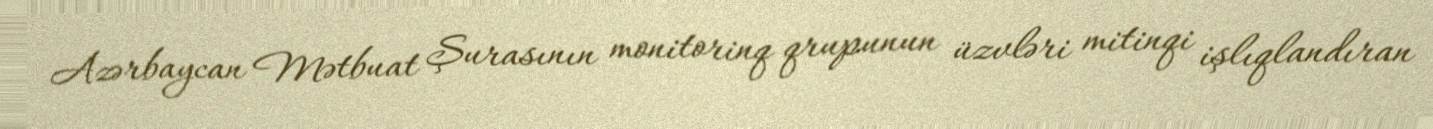
Azərbaycan Mətbuat Şurasının monitorinq qrupunun üzvləri mitinqi işlıqlandıran